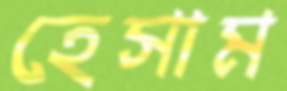
হেসাম